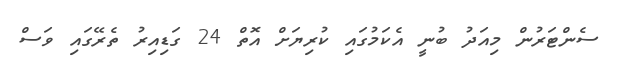
ސެންޓަރުން މިއަދު ބުނީ އެކަމުގައި ކުރިޔަށް އޮތް 24 ގަޑިއިރު ތެރޭގައި ވަސް